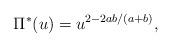
LaTeX: \begin{align*}\Pi^*(u)=u^{2-2ab/(a+b) },\end{align*}